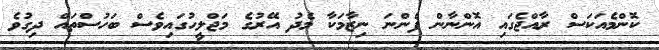
ކޮންމެއަކަސް ރާއްޖެގައި އޮންނާން ފެންނަ ނިޒާމަކާ މެދު އޭރުގެ މަޖްލީހުގައިވެސް ބަހުސްތައް ދިގުވެ